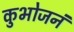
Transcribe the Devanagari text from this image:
कुभोजनं